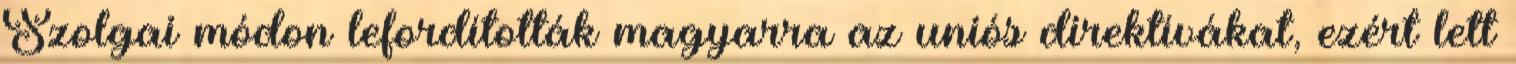
Szolgai módon lefordították magyarra az uniós direktívákat, ezért lett